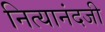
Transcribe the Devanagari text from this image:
नित्यानंदजी